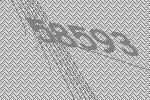
58593